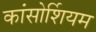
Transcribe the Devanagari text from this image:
कांसोर्शियम